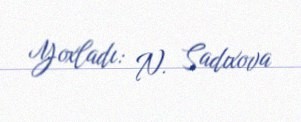
Yoxladı: N. Sadıxova